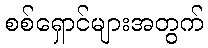
စစ်ရှောင်များအတွက်